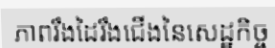
ភាពរឹងដៃរឹងជើងនៃសេដ្ឋកិច្ច